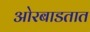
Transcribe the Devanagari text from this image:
ओरबाडतात